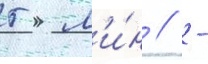
5 м'и́н // -